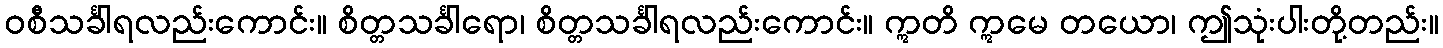
ဝစီသင်္ခါရလည်းကောင်း။ စိတ္တသင်္ခါရော၊ စိတ္တသင်္ခါရလည်းကောင်း။ ဣတိ ဣမေ တယော၊ ဤသုံးပါးတို့တည်း။